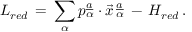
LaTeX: L _ { r e d } \, = \, \sum _ { \alpha } p _ { \alpha } \sp { \underline { { { a } } } } \cdot \vec { x } \, _ { \alpha } \sp { \underline { { { a } } } } \, - \, H _ { r e d } \, .